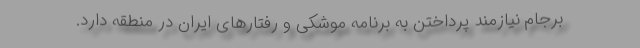
برجام نیازمند پرداختن به برنامه موشکی و رفتارهای ایران در منطقه دارد.